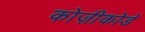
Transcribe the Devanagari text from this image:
कोज़ीकोडे